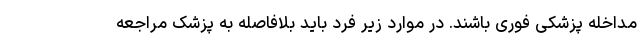
مداخله پزشکی فوری باشند. در موارد زیر فرد باید بلافاصله به پزشک مراجعه